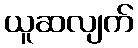
ယူဆလျက်